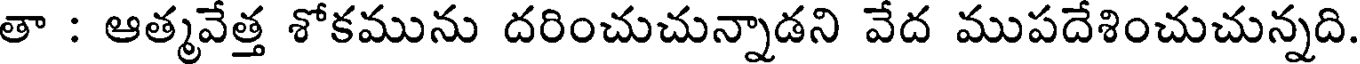
తా : ఆత్మవేత్త శోకమును దరించుచున్నాడని వేద ముపదేశించుచున్నది